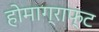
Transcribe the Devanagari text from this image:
होमाग्राफ्ट